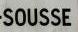
sousse